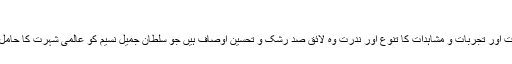
‘‘(میں آئینہ ہوں صفحہ ۵۴)
خیالات کی تونگری،عقل و خرد کی ثروت،فہم و ادراک کی وسعت اور تجربات و مشاہدات کا تنوع اور ندرت وہ لائق صد رشک و تحسین اوصاف ہیں جو سلطان جمیل نسیم کو عالمی شہرت کا حامل عصر حاضر کا نابغہ اور بے مثال افسانہ نگار ثابت کرتے ہیں۔